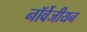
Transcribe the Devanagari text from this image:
नॉर्वेजीयन